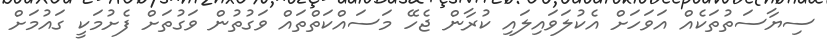
ސިޔާސަތުތަކެއް އަވަހަށް އެކުލަވައިލައި ކުރާން ޖެހޭ މަސައްކަތްތައް ވަގުތުން ވަގުތަށް ފެށުމަކީ ގައުމަށް